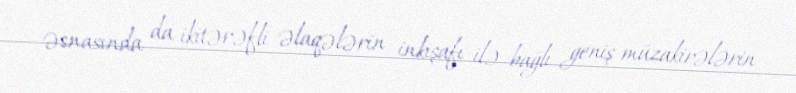
əsnasında da ikitərəfli əlaqələrin inkişafı ilə bağlı geniş müzakirələrin